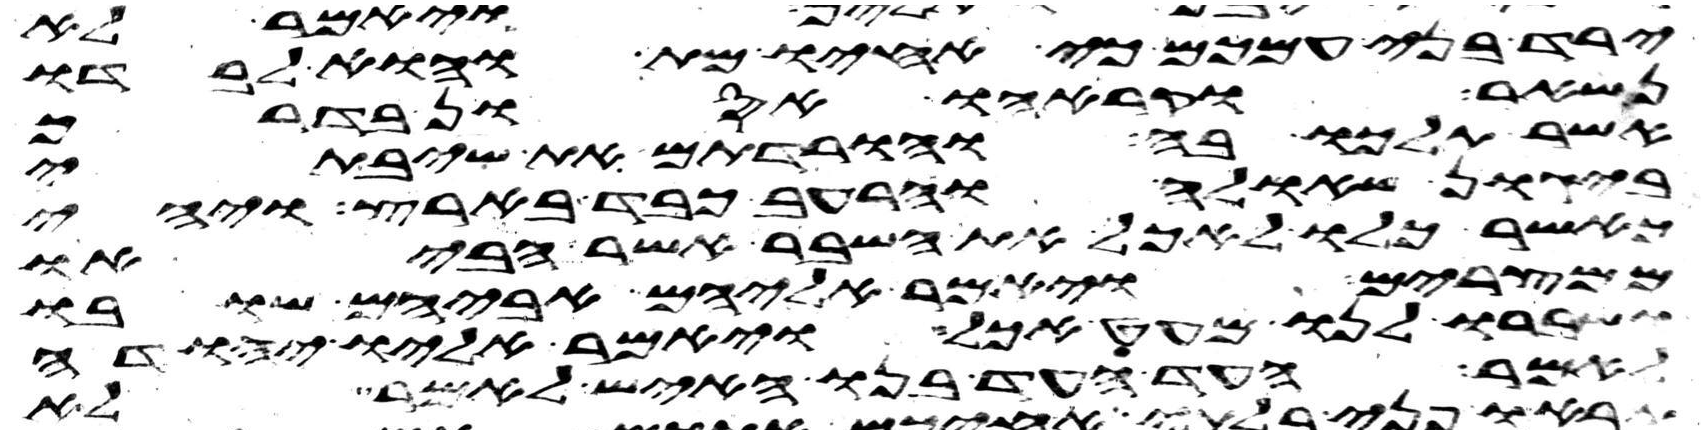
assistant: ירד בני עמכם כי אחיו מת והוא לבדו
נשאר וקראהו אסון בדרך
אשר תלכו בה והורדתם את שיבתי
ביגון שאלה והרעב כבד בארץ ויהי
כאשר כלו לאכל את השבר אשר הביאו
ממצרים ויאמר אליהם אביהם שובו
ושברו לנו מעט אכל ויאמר אליו יהודה
לאמר העד העד בנו האיש לאמר לא